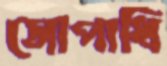
সোপাধি